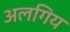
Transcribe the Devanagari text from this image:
अलगिय